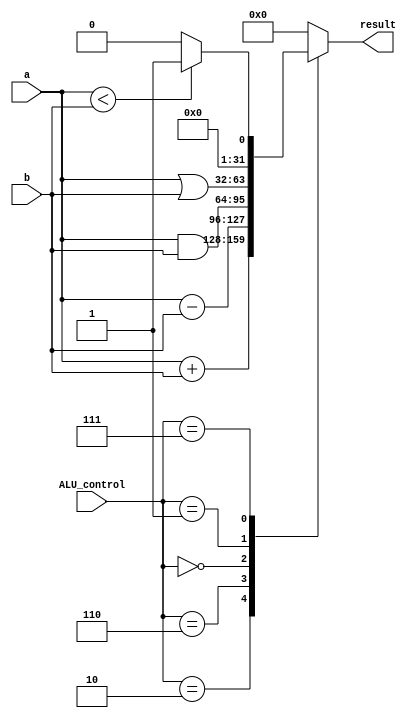
`timescale 1ns / 1ps


module ALU(result, a, b, ALU_control);
    parameter word = 32;
    input   [word - 1:0]    a,           b;
    input   [3:0]           ALU_control;
    output  [word - 1:0]    result;
    
    reg     [word - 1:0]    result;
    
    initial begin
        result = 0;
    end
    
    always @(a or b or ALU_control) begin
        case (ALU_control)
            // add
            4'b0010: result = a + b;
            // sub
            4'b0110: result = a - b;
            // and
            4'b0000: result = a & b;
            // or
            4'b0001: result = a | b;
            // slt
            4'b0111: result = (a < b)?1:0;
            default: result = 0;
        endcase
    end
endmodule